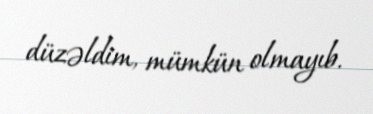
düzəldim, mümkün olmayıb.